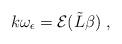
LaTeX: \begin{align*} k \omega_\epsilon = \mathcal{E}(\tilde{L} \beta) \ , \end{align*}